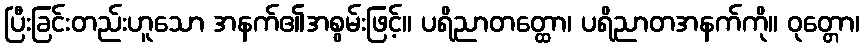
ပြီးခြင်းတည်းဟူသော အနက်၏အစွမ်းဖြင့်။ ပရိညာတတ္ထော၊ ပရိညာတအနက်ကို။ ဝုတ္တော၊